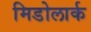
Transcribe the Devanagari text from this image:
मिडोलार्क